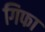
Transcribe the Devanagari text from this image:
गिफा